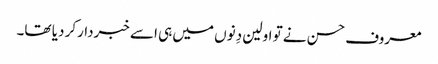
معروف حسن نے تو اولین دِنوں میں ہی اسے خبردارکر دیا تھا۔